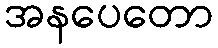
အနပေတော